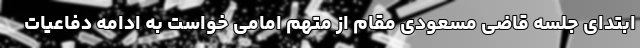
ابتدای جلسه قاضی مسعودی مقام از متهم امامی خواست به ادامه دفاعیات